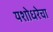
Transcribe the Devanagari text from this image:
यशोधरेचा